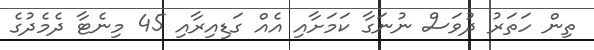
ތިން ހަތަރު ދުވަސް ނުނަގާ ކަމަށާއި އެއް ގަޑިއިރާއި 45 މިނެޓާ ދެމެދުގެ